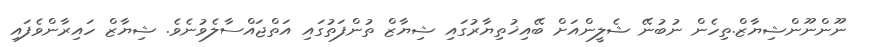
ނޫންނޫންޝިޔާޒް.ތިހެން ނުބުނޭ ޝެލީންއަށް ބޭއިޚުތިޔާރުގައި ޝިޔާޒް ތުންފަތުގައި އަތްޖައްސާލެވުނެވެ. ޝިޔާޒް ހައިރާންވެފައި